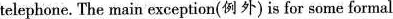
telephone. The main exception(例外)is for some formal occasions,